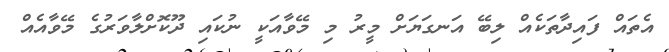
އެތައް ފައިދާތަކެއް ލިބޭ އަނގަޔަށް މީރު މި މޭވާއަކީ ނުކައި ދޫކޮށްލާވަރުގެ މޭވާއެއް